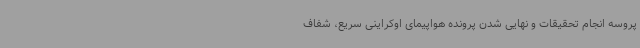
پروسه انجام تحقیقات و نهایی شدن پرونده هواپیمای اوکراینی سریع، شفاف